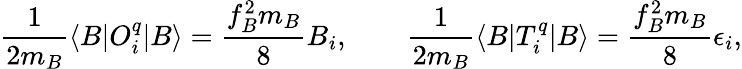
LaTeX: {\frac{1}{2m_{B}}}\langle B|O_{i}^{q}|B\rangle={\frac{f_{B}^{2}m_{B}}{8}}B_{i},\qquad{\frac{1}{2m_{B}}}\langle B|T_{i}^{q}|B\rangle={\frac{f_{B}^{2}m_{B}}{8}}\epsilon_{i},